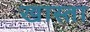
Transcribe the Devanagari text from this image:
खास्ता